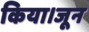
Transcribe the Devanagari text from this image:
किया।जून